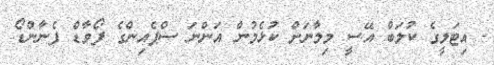
- އިޓަލީގެ ކުލަބް އޭސީ މިލާނަށް ކުޅެމުން އަންނަ ސްޕެއިންގެ ފޯވާޑް ފެނާންޑޯ